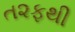
ત૨ફથી